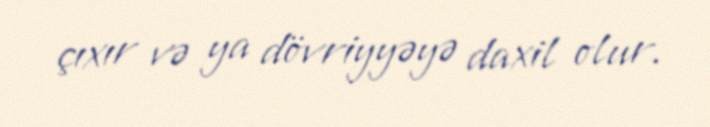
çıxır və ya dövriyyəyə daxil olur.